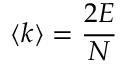
\langle k \rangle = { \frac { 2 E } { N } }